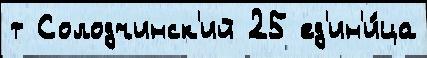
т Солодчинск'ий 25 ед'ин'и́ца